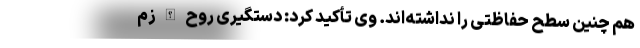
هم چنین سطح حفاظتی را نداشته‌اند. وی تأکید کرد: دستگیری روح الله زم